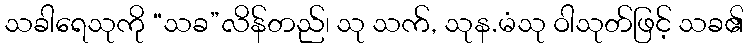
သခါရေသုကို “သခ”လိန်တည်၊ သု သက်, သုန.မံသု ဝါသုတ်ဖြင့် သခ၏